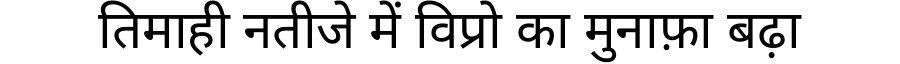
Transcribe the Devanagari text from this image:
तिमाही नतीजे में विप्रो का मुनाफ़ा बढ़ा